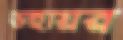
উইয়ির